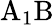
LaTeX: \mathrm{A_{1}B}